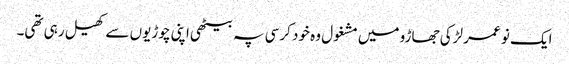
ایک نو عمر لڑکی جھاڑو میں مشغول وہ خود کرسی پہ بیٹھی اپنی چوڑیوں سے کھیل رہی تھی۔